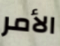
الأمر